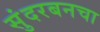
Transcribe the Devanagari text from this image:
सुंदरबनचा